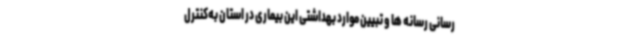
رسانی رسانه ها و تبیین موارد بهداشتی این بیماری در استان به‌کنترل